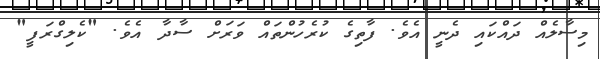
މިސާލެއް ދައްކަައި ދެނީ އެވެ. ފާތިގެ ކުރެހުންތައް ވަރަށް ސާދާ އެވެ. "ކެލިގްރަފީ"